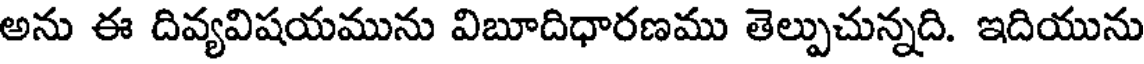
అను ఈ దివ్యవిషయమును విబూదిధారణము తెల్పుచున్నది. ఇదియును